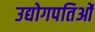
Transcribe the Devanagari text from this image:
उद्योगपतिओं